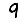
Digit: 9